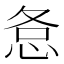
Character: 㤩